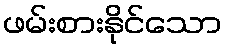
ဖမ်းစားနိုင်သော